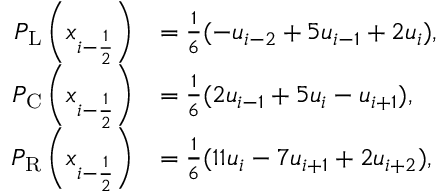
\begin{array} { r l } { P _ { \mathrm { L } } \left( x _ { i - \ensuremath { { \frac { 1 } { 2 } } } } \right) } & { = \frac { 1 } { 6 } ( - u _ { i - 2 } + 5 u _ { i - 1 } + 2 u _ { i } ) , } \\ { P _ { \mathrm { C } } \left( x _ { i - \ensuremath { { \frac { 1 } { 2 } } } } \right) } & { = \frac { 1 } { 6 } ( 2 u _ { i - 1 } + 5 u _ { i } - u _ { i + 1 } ) , } \\ { P _ { \mathrm { R } } \left( x _ { i - \ensuremath { { \frac { 1 } { 2 } } } } \right) } & { = \frac { 1 } { 6 } ( 1 1 u _ { i } - 7 u _ { i + 1 } + 2 u _ { i + 2 } ) , } \end{array}